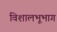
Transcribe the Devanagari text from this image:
विशालभूभाग